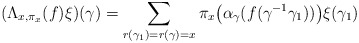
\begin{align*}(\Lambda_{x,\pi_{x}}(f)\xi)(\gamma)=\sum_{r(\gamma_{1})=r(\gamma)=x}\pi_{x}\big(\alpha_{\gamma}(f(\gamma^{-1}\gamma_{1}))\big)\xi(\gamma_{1})\end{align*}